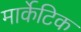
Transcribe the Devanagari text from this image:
मार्केटिक